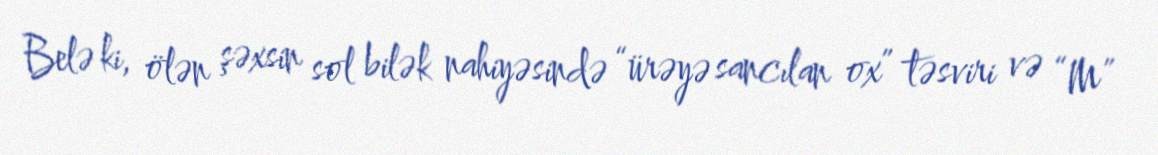
Belə ki, ölən şəxsin sol bilək nahiyəsində “ürəyə sancılan ox” təsviri və “M”